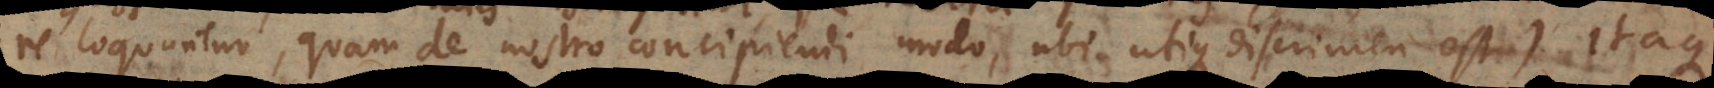
re loquuntur, quam de nostro concipiendi modo, ubi utique discrimen est). Itaque